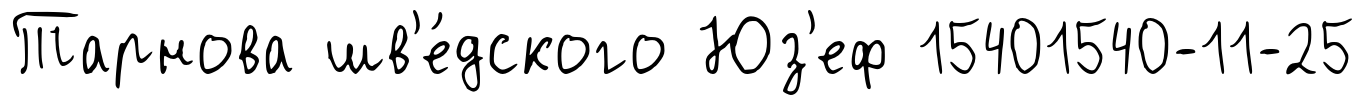
Тарнова шв'е́дского Юз'еф 15401540-11-25